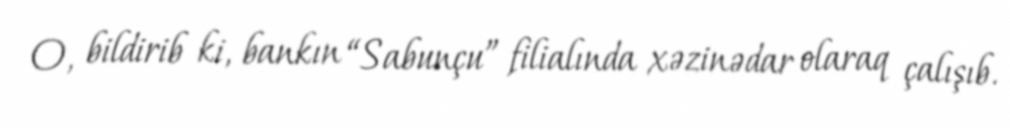
O, bildirib ki, bankın “Sabunçu” filialında xəzinədar olaraq çalışıb.